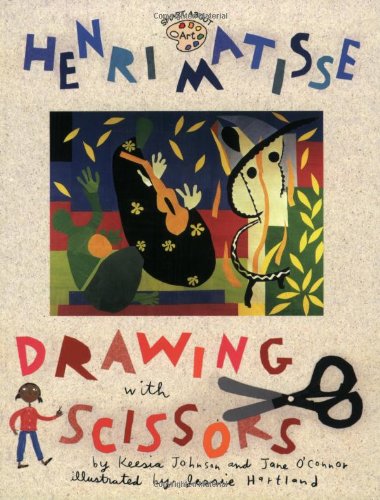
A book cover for Henri Matisse: Drawing with Scissors (Smart About Art); Jane O'Connor; Children's Books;